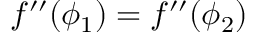
f ^ { \prime \prime } ( \phi _ { 1 } ) = f ^ { \prime \prime } ( \phi _ { 2 } )